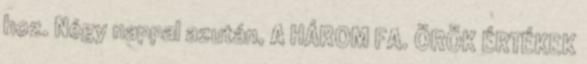
hoz. Négy nappal azután, A HÁROM FA. ÖRÖK ÉRTÉKEK